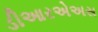
ડીઆરએઅસ